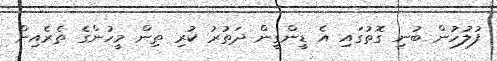
ފުލުހުން ބުނި ގޮތުގައި އެ ޑީންގީން ދަތުރު ކުރި ތިން މީހުންގެ ތެރެއިން